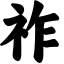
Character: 祚